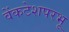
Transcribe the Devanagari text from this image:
वेंकटेशपरभू